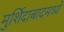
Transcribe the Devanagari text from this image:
मुर्शिदाबादमध्ये